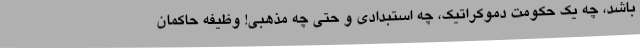
باشد، چه یک حکومت دموکراتیک، چه استبدادی و حتی چه مذهبی! وظیفه حاکمان